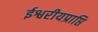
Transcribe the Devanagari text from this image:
ईश्वरीयप्राप्ति